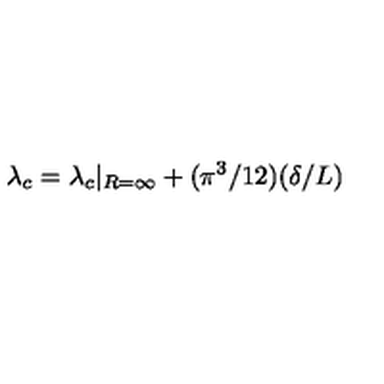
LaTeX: \lambda _ { c } = \lambda _ { c } | _ { R = \infty } + ( \pi ^ { 3 } / 1 2 ) ( \delta / L )